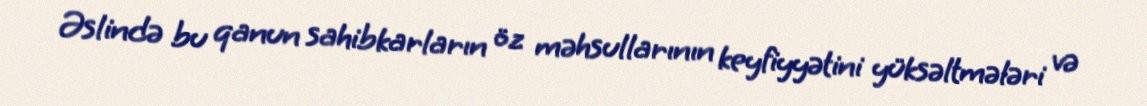
Əslində bu qanun sahibkarların öz məhsullarının keyfiyyətini yüksəltmələri və